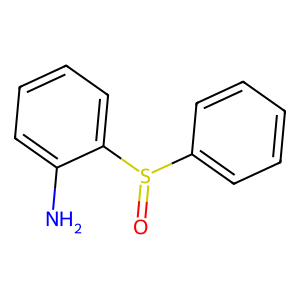
SMILES: Nc1ccccc1S(=O)c1ccccc1
Inhibits HIV replication: No